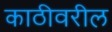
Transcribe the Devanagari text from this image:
काठीवरील